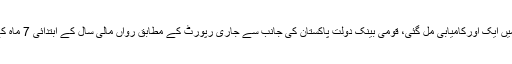
تفصیلات کے مطابق حکومت کو معاشی میدان میں‌ ایک اورکامیابی مل گئی، قومی بینک دولت پاکستان کی جانب سے جاری رپورٹ کے مطابق رواں مالی سال کے ابتدائی 7 ماہ کے دوران جاری خساروں میں20فیصدکمی ہوئی۔